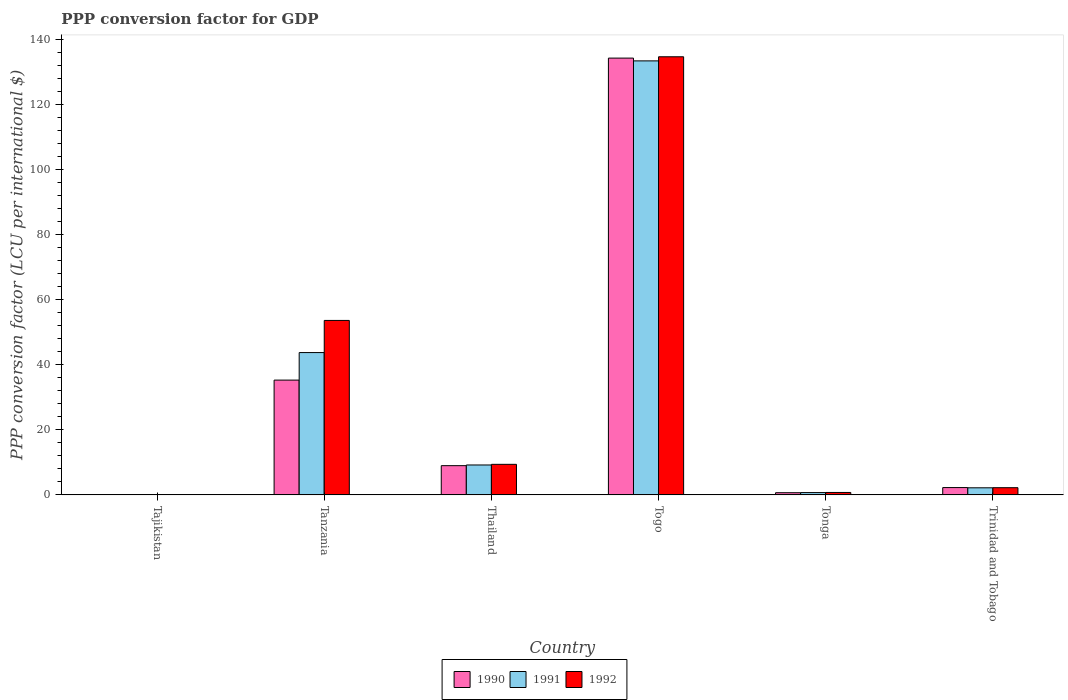
| Country | 1990 | 1991 | 1992 |
 | --- | --- | --- | --- |
 | Tajikistan | 5.86e-06 | 1.13e-05 | 7.46e-05 |
 | Tanzania | 35.3 | 43.7 | 53.6 |
 | Thailand | 8.98 | 9.19 | 9.39 |
 | Togo | 134 | 133 | 135 |
 | Tonga | 0.67 | 0.71 | 0.745 |
 | Trinidad and Tobago | 2.25 | 2.18 | 2.21 |